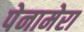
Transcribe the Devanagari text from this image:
पेनामेरा